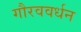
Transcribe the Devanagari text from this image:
गौरववर्धन